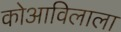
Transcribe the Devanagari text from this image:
कोआविलाला